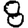
Digit: 8